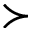
\succ